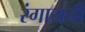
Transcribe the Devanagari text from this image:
रंगायची